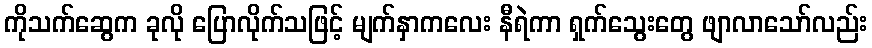
ကိုသက်ဆွေက ခုလို ပြောလိုက်သဖြင့် မျက်နှာကလေး နီရဲကာ ရှက်သွေးတွေ ဖျာလာသော်လည်း